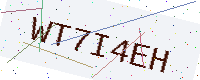
Text: WT7I4EH